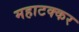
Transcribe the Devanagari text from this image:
महाटक्कर